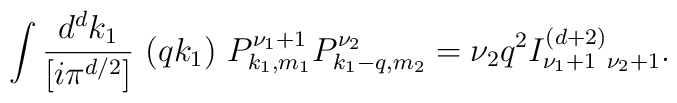
\int \frac{d^d k_1}{[i\pi^{d/2}]}~(qk_1)~ P_{k_1,m_1}^{\nu_1+1}P_{k_1-q,m_2}^{\nu_2}= \nu_2 q^2  I^{(d+2)}_{\nu_1+1~ \nu_2+1}.